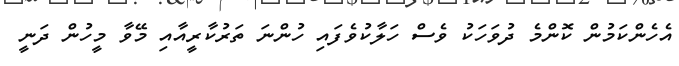
އެހެންކަމުން ކޮންމެ ދުވަހަކު ވެސް ހަލާކުވެފައި ހުންނަ ތަރުކާރީއާއި މޭވާ މީހުން ދަނީ